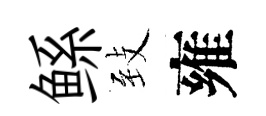
鲧𦤺雍